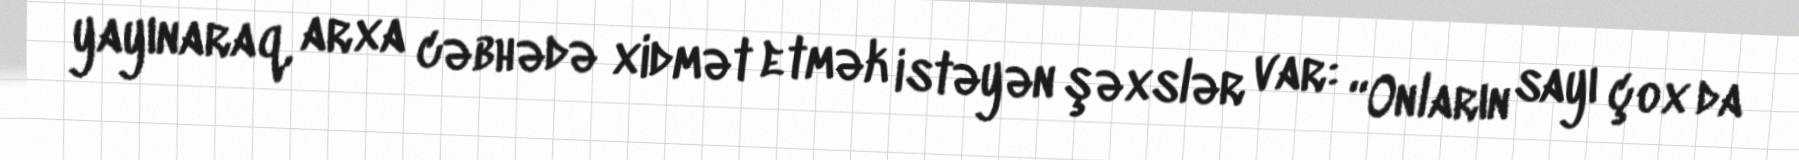
yayınaraq, arxa cəbhədə xidmət etmək istəyən şəxslər var: “Onların sayı çox da